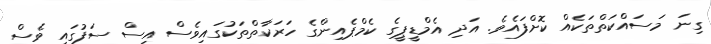
ގިނަ މަސައްކަތްތަކެއް ކޮށްފައެވެ. އަދި އެމްޑީޕީގެ ކެމްޕެއިންގެ ހަަރަކާތްތަކުގައިވެސް އިސް ސަފުގައި ވެސް